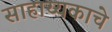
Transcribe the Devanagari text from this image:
साहाय्यकाचे